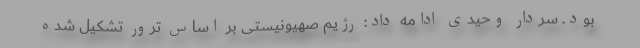
بود. سردار وحیدی ادامه داد: رژیم صهیونیستی بر اساس ترور تشکیل شده